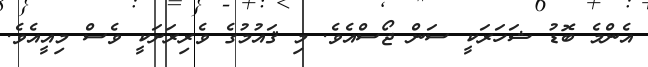
އެންމެ ބޮޑު ޝަހަރަކީ ސަން ޖޯސްއެވެ. މި ޤައުމުގެ ވެރިރަށަކީ ވެސް މިއީއެވެ.